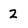
Character: 2